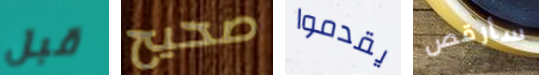
قبل صحيح يقدموا سأرقص